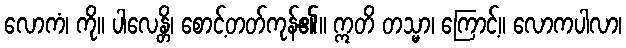
လောကံ၊ ကို။ ပါလေန္တိ၊ စောင့်တတ်ကုန်၏။ ဣတိ တသ္မာ၊ ကြောင့်။ လောကပါလာ၊